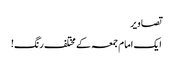
تصاویر
ایک امام جمعہ کے مختلف رنگ!